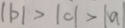
\vert b \vert > \vert c \vert > \vert a \vert